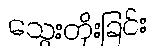
သွေးတိုးခြင်း